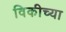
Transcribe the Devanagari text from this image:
विकीच्या